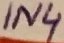
Text: IN4